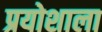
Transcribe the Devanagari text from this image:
प्रयोशाला